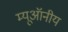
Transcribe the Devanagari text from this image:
म्यूऑनीय